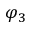
\varphi _ { 3 }